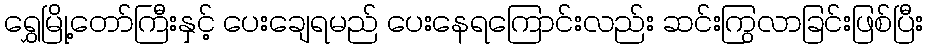
ရွှေမြို့တော်ကြီးနှင့် ပေးချေရမည် ပေးနေရကြောင်းလည်း ဆင်းကြွလာခြင်းဖြစ်ပြီး